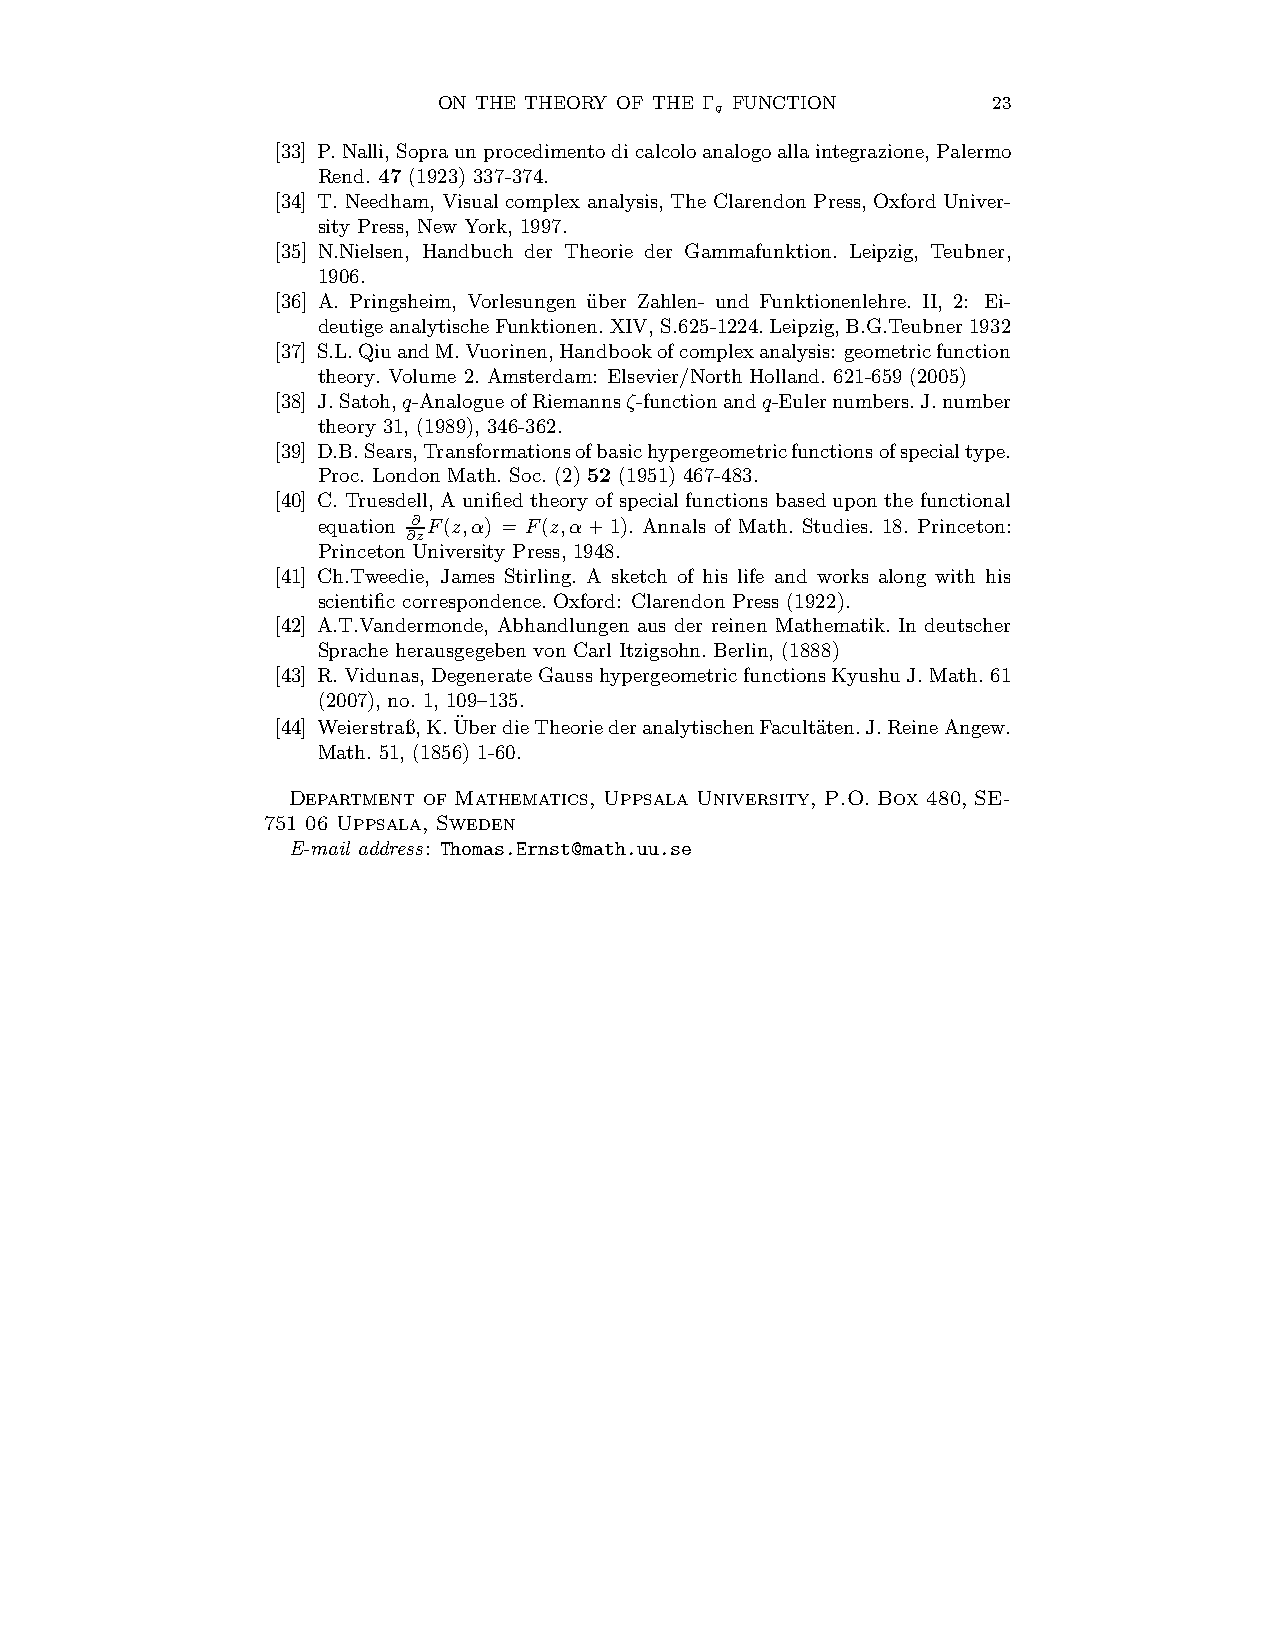
ON THE THEORY OF THE Γ FUNCTION      23
 q
 [33] P.Nalli,Sopraunprocedimentodicalcoloanalogoallaintegrazione,Palermo
 Rend. 47 (1923) 337-374.
 [34] T. Needham, Visual complex analysis, The Clarendon Press,OxfordUniver-
 sity Press, New York, 1997.
 [35] N.Nielsen, Handbuch der Theorie der Gammafunktion. Leipzig, Teubner,
 1906.
 [36] A. Pringsheim, Vorlesungen u¨ber Zahlen- und Funktionenlehre. II, 2: Ei-
 deutige analytischeFunktionen.XIV,S.625-1224.Leipzig,B.G.Teubner1932
 [37] S.L.QiuandM.Vuorinen,Handbookofcomplexanalysis: geometricfunction
 theory. Volume 2. Amsterdam: Elsevier/NorthHolland. 621-659 (2005)
 [38] J.Satoh,q-AnalogueofRiemannsζ-functionandq-Eulernumbers.J.number
 theory 31, (1989), 346-362.
 [39] D.B.Sears,Transformationsofbasichypergeometricfunctionsofspecialtype.
 Proc. London Math. Soc. (2) 52 (1951) 467-483.
 [40] C. Truesdell, A unified theory of special functions based upon the functional
 equation ∂ F(z,α) = F(z,α+1). Annals of Math. Studies. 18. Princeton:
 ∂z
 Princeton University Press, 1948.
 [41] Ch.Tweedie, James Stirling. A sketch of his life and works along with his
 scientific correspondence.Oxford: Clarendon Press (1922).
 [42] A.T.Vandermonde, Abhandlungen aus der reinen Mathematik. In deutscher
 Sprache herausgegeben von Carl Itzigsohn. Berlin, (1888)
 [43] R.Vidunas,DegenerateGausshypergeometricfunctionsKyushuJ.Math.61
 (2007), no. 1, 109–135.
 [44] Weierstraß,K.U¨berdieTheoriederanalytischenFacult¨aten.J.ReineAngew.
 Math. 51, (1856) 1-60.
 Department of Mathematics, Uppsala University, P.O. Box 480, SE-
 751 06 Uppsala, Sweden
 E-mail address: Thomas.Ernst@math.uu.se